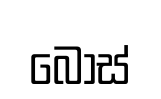
බෝස්